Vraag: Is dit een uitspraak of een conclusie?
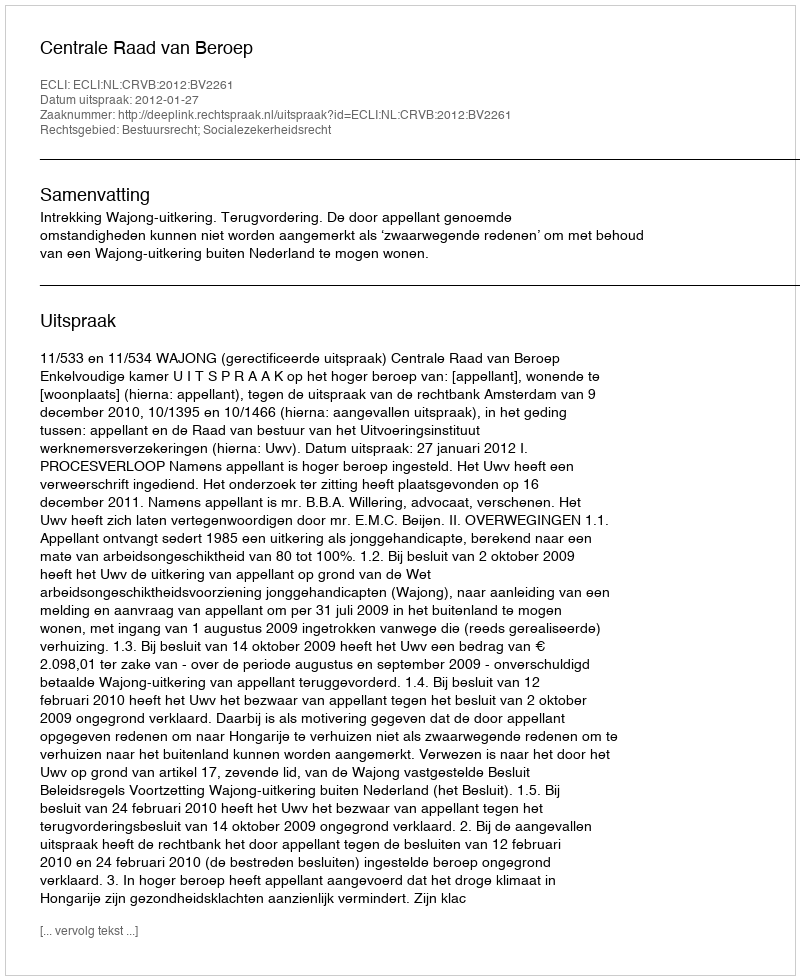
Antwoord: Uitspraak